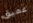
عميق